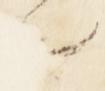
者